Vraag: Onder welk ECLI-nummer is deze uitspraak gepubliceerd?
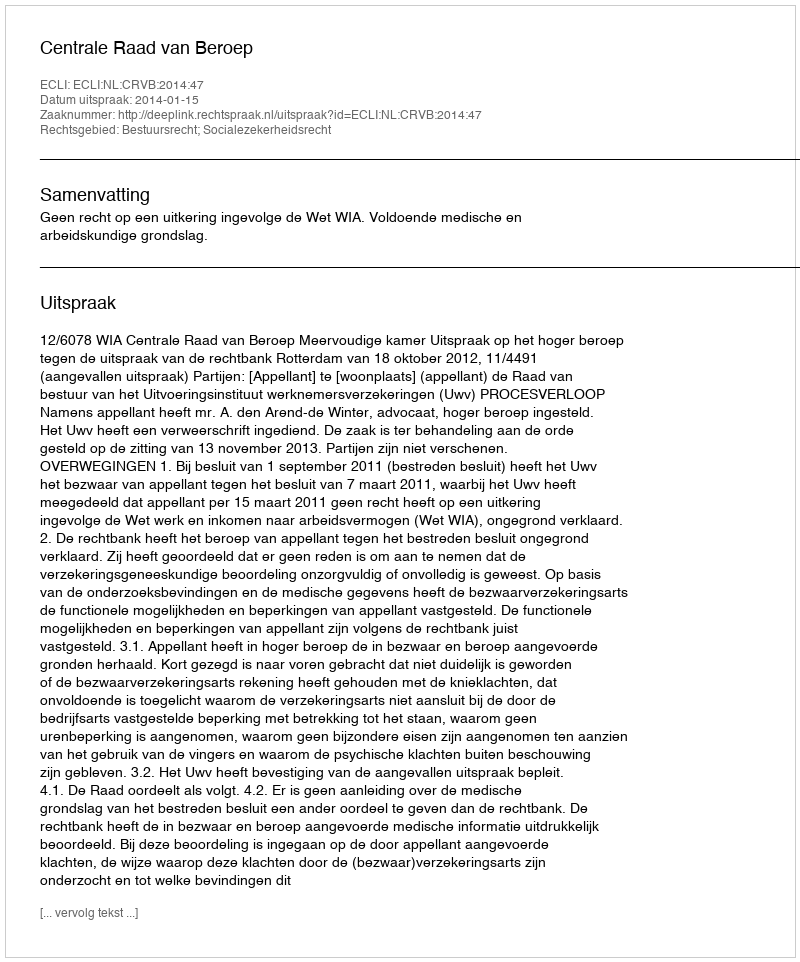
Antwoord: ECLI:NL:CRVB:2014:47